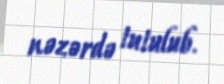
nəzərdə tutulub.